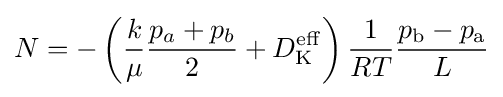
N=-\left({\frac {k}{\mu }}{\frac {p_{a}+p_{b}}{2}}+D_{\mathrm {K} }^{\mathrm {eff} }\right){\frac {1}{RT}}{\frac {p_{\mathrm {b} }-p_{\mathrm {a} }}{L}}